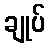
ချုပ်